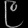
Digit: ၉